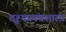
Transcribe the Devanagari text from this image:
दृश्यप्रपंचशास्त्र